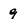
Character: 9